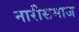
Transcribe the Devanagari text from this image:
नारीसमाज